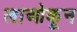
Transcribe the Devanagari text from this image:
लाओकून